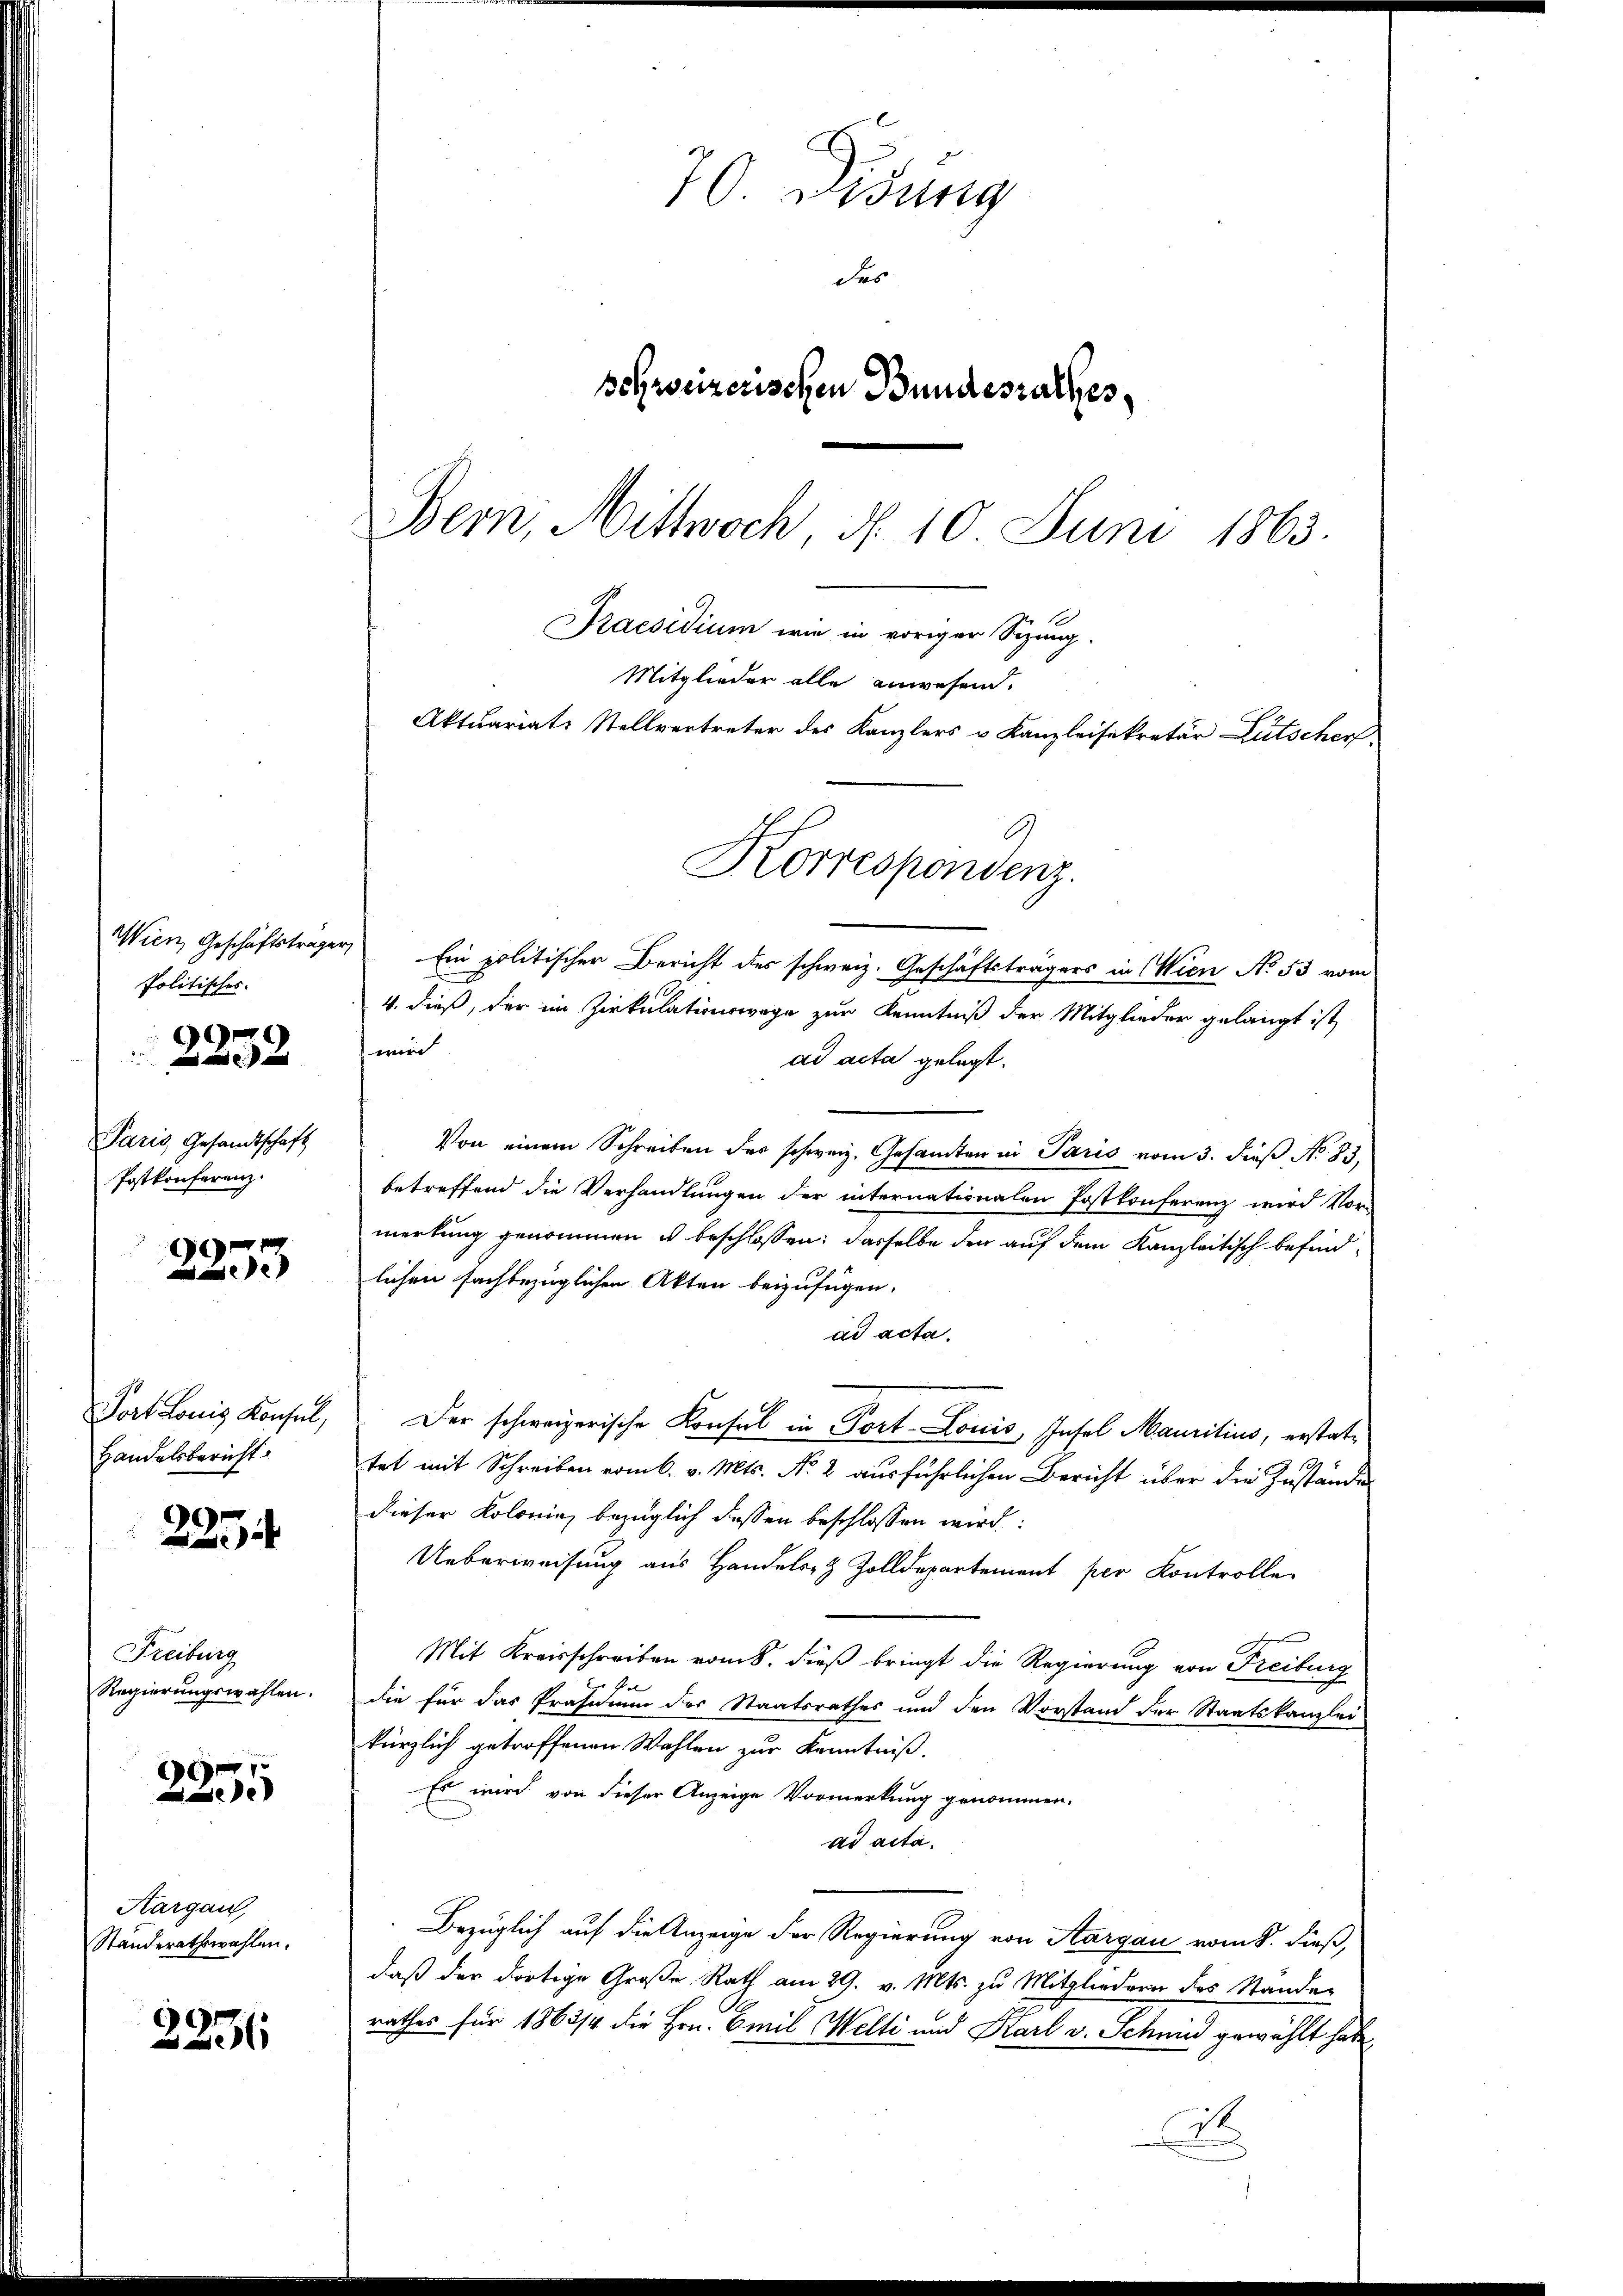
Politisches.
Paris Gesandtschaft
Postkonferenz.

)

)
e

Fort Honig Konsel,
Handelsbericht

225

Freiburg
Regierungswahlen.

2255

Aargau,
Standerathswahlen.

2236

70. Wedung
das
schweizerischen Bundesrathes,
Bern, Mittwoch, d. 10 Juni 1863.

Praesidium wie in voriger Sizung.
Mitglieder alle anwesend.
Aktuariats Stellvertreter des Kanzlers v. Kanzleisekretär Lutscherf
Korrespondenz.

Wien, Geschäftsträger Ein politischer Bericht des schweiz. Geschäftsträgers in Wien No. 53 vom
4. dieß, der im Zirkulationswege zur Kenntniß der Mitglieder gelangt ist,
wird
ad acta gelegt.
Von einem Schreiben des schweiz. Gesamten in Paris vom 3. dieß No. 83,
betreffend die Verhandlungen der internationalen Postkonferenz wird Vor-
merkung genommen u beschlossen: dasselbe der auf dem Kanzleitisch befindlichen fachbezüglichen Akten beizufügen.
ad acta.
Der schweizerische Konsul in Port-Louis, Insel Mauritius, erstattet mit Schreiben vom 6. v. Mts. No. 2 ausführlichen Bericht über die Zustände
dieser Kolonie, bezüglich dessen beschlossen wird:
Ueberweisung aus Handels- & Zolldepartement per Kontrolle
s
Mit Kreisschreiben vom 8. dieß bringt die Regierung von Freiburg
br
die für das Präsidium des Staatsrathes und den Vorstand der Staatskanzlei
kürzlich getroffenen Wahlen zur Kenntniß.
Es wird von dieser Anzeige Vormerkung genommen.
ad acta.
Bezüglich auf die Anzeige der Regierung von Aargau vom 8. dieß,
daß der dortige Große Rath am 29. v. Mts. zu Mitgliedern des Stande
rathes für 1863/4 die Hrn. Emil Welti und Karl v. Schmied gewählt habe,
it.
.